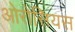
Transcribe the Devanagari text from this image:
ओरोसियस